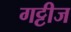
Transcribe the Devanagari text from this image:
गट्टीज